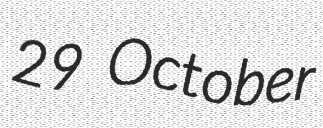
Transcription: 29 October